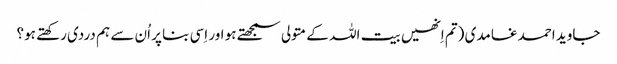
جاوید احمد غامدی (تم اِنھیں بیت اللہ کے متولی سمجھتے ہو اور اِسی بنا پر اُن سے ہم دردی رکھتے ہو؟